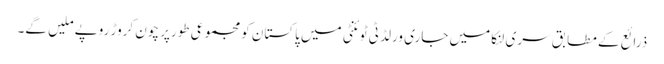
ذرائع کے مطابق سری لنکا میں جاری ورلڈ ٹی ٹوئنٹی میں پاکستان کو مجموعی طورپر چون کروڑ روپے ملیں گے۔